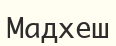
Мадхеш